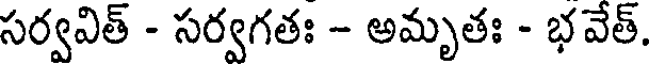
సర్వవిత్ - సర్వగతః - అమృతః - భవేత్.